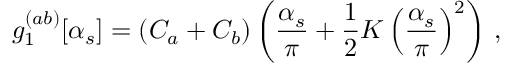
g _ { 1 } ^ { ( a b ) } [ \alpha _ { s } ] = ( C _ { a } + C _ { b } ) \left( \frac { \alpha _ { s } } { \pi } + \frac { 1 } { 2 } K \left( \frac { \alpha _ { s } } { \pi } \right) ^ { 2 } \right) \, ,